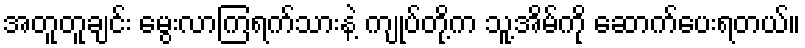
အတူတူချင်း မွေးလာကြရက်သားနဲ့ ကျုပ်တို့က သူ့အိမ်ကို ဆောက်ပေးရတယ်။